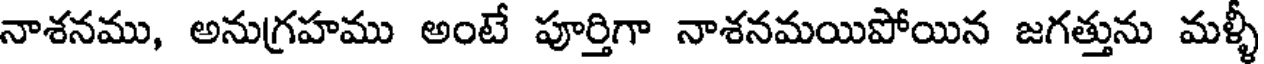
నాశనము, అనుగ్రహము అంటే పూర్తిగా నాశనమయిపోయిన జగత్తును మళ్ళీ